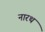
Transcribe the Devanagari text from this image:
नारथ